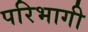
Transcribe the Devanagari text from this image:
परिभागी